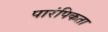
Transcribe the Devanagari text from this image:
पारंपिकता